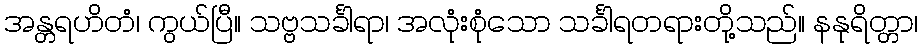
အန္တရဟိတံ၊ ကွယ်ပြီ။ သဗ္ဗသင်္ခါရာ၊ အလုံးစုံသော သင်္ခါရတရားတို့သည်။ နနုရိတ္တာ၊